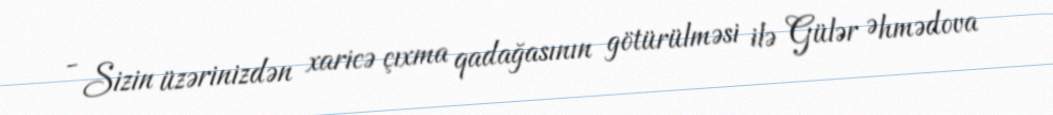
- Sizin üzərinizdən xaricə çıxma qadağasının götürülməsi ilə Gülər Əhmədova